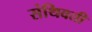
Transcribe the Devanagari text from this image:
संथिवती